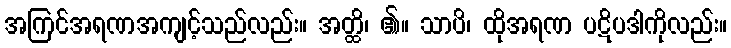
အကြင်အရဏအကျင့်သည်လည်း။ အတ္ထိ၊ ၏။ သာပိ၊ ထိုအရဏ ပဋိပဒါကိုလည်း။